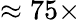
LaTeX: \approx 75\times